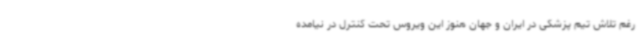
رغم تلاش تیم پزشکی در ایران و جهان هنوز این ویروس تحت کنترل در نیامده